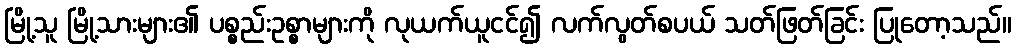
မြို့သူ မြို့သားများ၏ ပစ္စည်းဥစ္စာများကို လုယက်ယူငင်၍ လက်လွတ်စပယ် သတ်ဖြတ်ခြင်း ပြုတော့သည်။